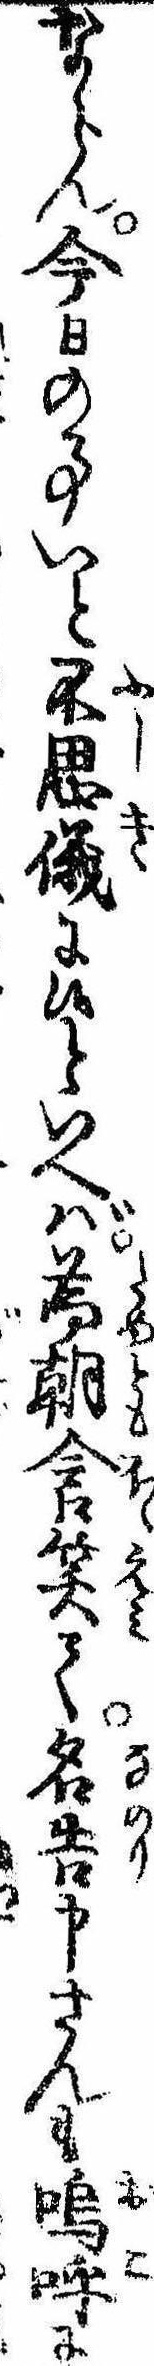
ならん今日の事いと不思儀に候といへば為朝含笑て名告申さんも嗚呼に